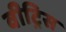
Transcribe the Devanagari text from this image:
वीट्रिस